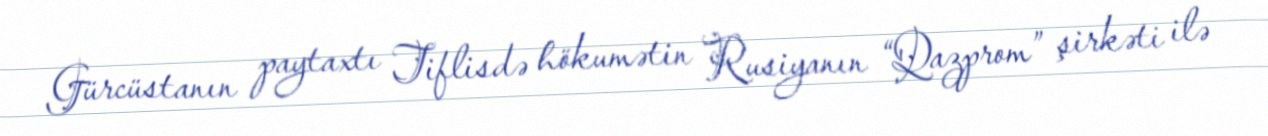
Gürcüstanın paytaxtı Tiflisdə hökumətin Rusiyanın “Qazprom” şirkəti ilə